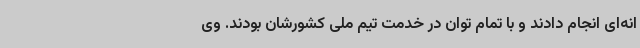
انه‌ای انجام دادند و با تمام توان در خدمت تیم ملی کشورشان بودند. وی